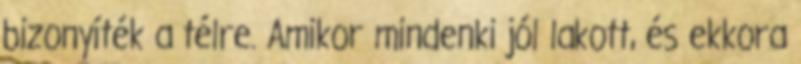
bizonyíték a télre. Amikor mindenki jól lakott, és ekkora